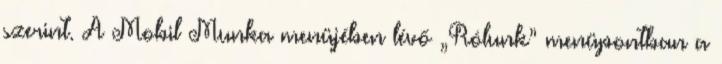
szerint. A Mobil Munka menüjében lévő „Rólunk” menüpontban a